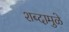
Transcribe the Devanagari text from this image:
शब्दामुळे